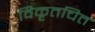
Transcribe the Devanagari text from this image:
विकृतचित